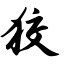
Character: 狡